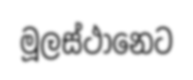
මූලස්ථානෙට